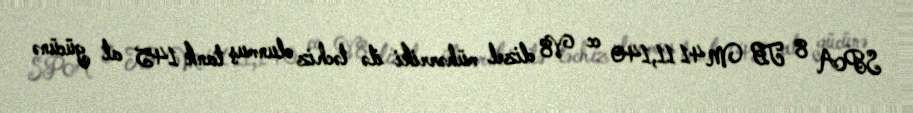
SPA 8 TB M41 11,140 cc V8 dizel mühərriki ilə təchiz olunmuş tank 145 at gücünə